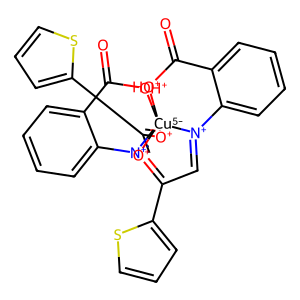
SMILES: O=C1[OH+][Cu-5]234([O+]=C(c5cccs5)C=[N+]2c2ccccc21)[O+]=C(c1cccs1)C=[N+]3c1ccccc1C(=O)[OH+]4
Inhibits HIV replication: No